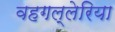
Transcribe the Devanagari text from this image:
वहगल्लेरिया